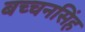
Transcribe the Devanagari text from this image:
बच्चनसिंह